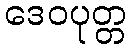
ဒေဝပုတ္တ